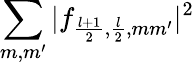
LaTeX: \sum_{m,m^{\prime}}|f_{\frac{l+1}{2},\frac{l}{2},mm^{\prime}}|^{2}